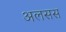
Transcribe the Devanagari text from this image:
अलसस